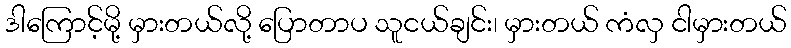
ဒါကြောင့်မို့ မှားတယ်လို့ ပြောတာပ သူငယ်ချင်း၊ မှားတယ် ကံလှ ငါမှားတယ်